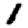
Digit: 1